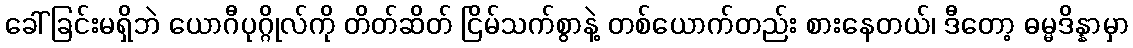
ခေါ်ခြင်းမရှိဘဲ ယောဂီပုဂ္ဂိုလ်ကို တိတ်ဆိတ် ငြိမ်သက်စွာနဲ့ တစ်ယောက်တည်း စားနေတယ်၊ ဒီတော့ ဓမ္မဒိန္နာမှာ